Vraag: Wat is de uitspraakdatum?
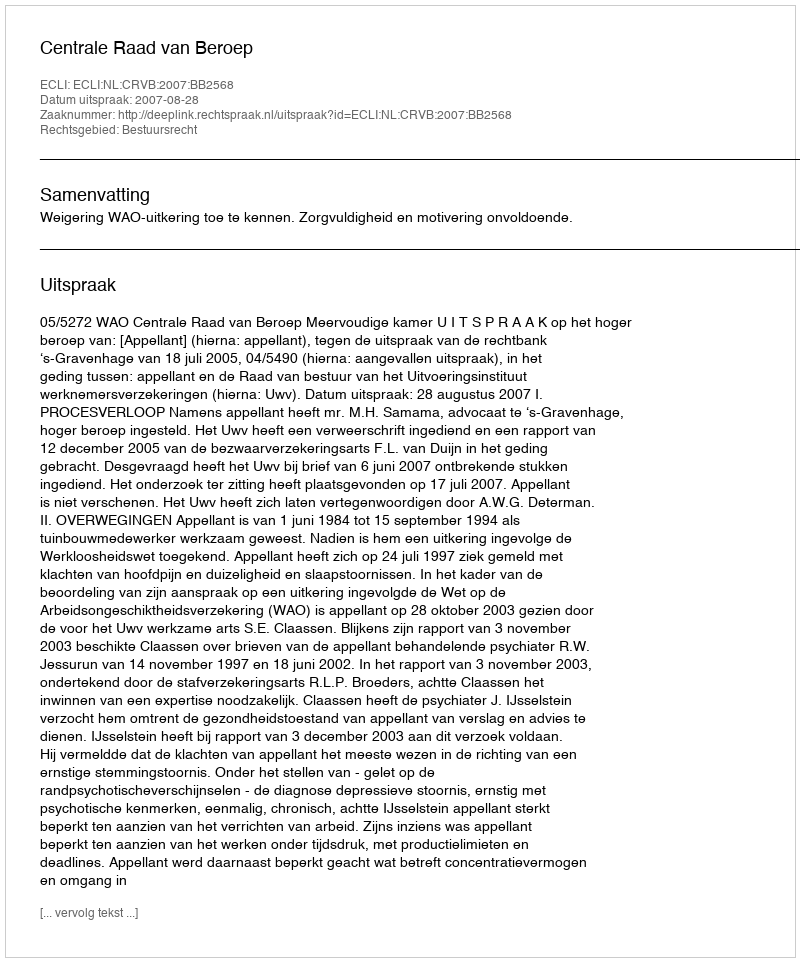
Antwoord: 2007-08-28